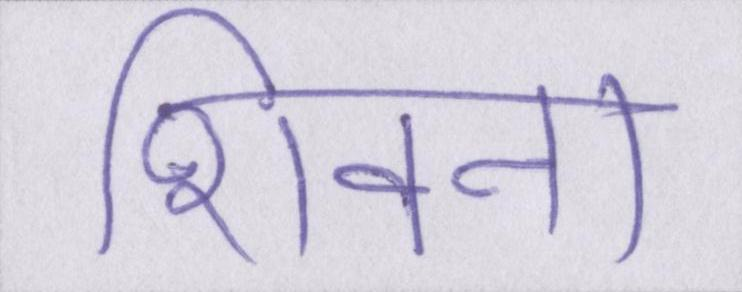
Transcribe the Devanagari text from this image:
शिवना